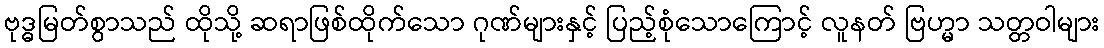
ဗုဒ္ဓမြတ်စွာသည် ထိုသို့ ဆရာဖြစ်ထိုက်သော ဂုဏ်များနှင့် ပြည့်စုံသောကြောင့် လူနတ် ဗြဟ္မာ သတ္တဝါများ